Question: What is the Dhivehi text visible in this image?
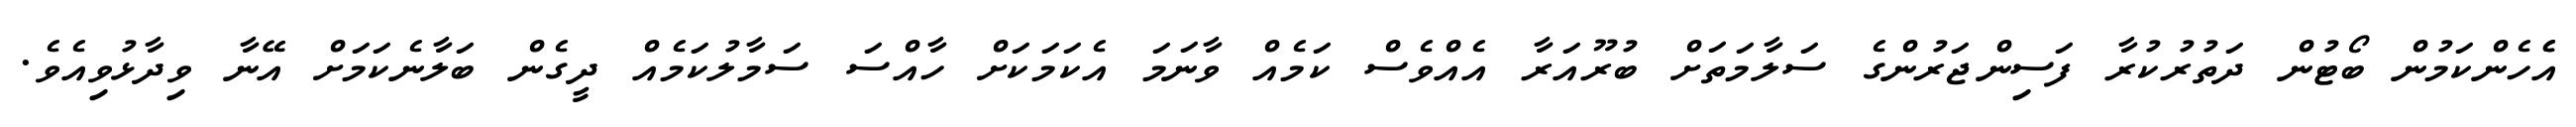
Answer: އެެހެންކަމުން ބޯޓުން ދަތުރުކުރާ ފަސިންޖަރުންގެ ސަލާމަތަށް ބުރޫއަރާ އެއްވެސް ކަމެއް ވާނަމަ އެކަމަކަށް ހާއްސަ ސަމާލުކަމެއް ދީގެން ބަލާނެކަމަށް އޭނާ ވިދާޅުވިއެވެ.